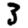
Digit: 3